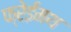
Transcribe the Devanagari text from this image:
फ्रेईमथ